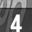
Digit: 4